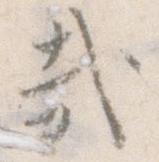
哉